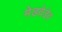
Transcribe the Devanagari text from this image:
मेडवेडेव